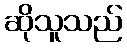
ဆိုသူသည်